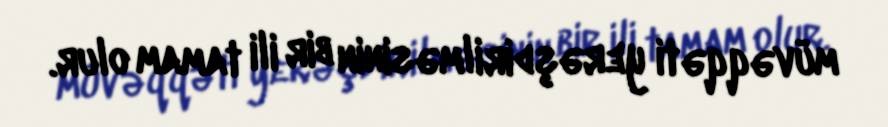
müvəqqəti yerəşdirilməsinin bir ili tamam olur.